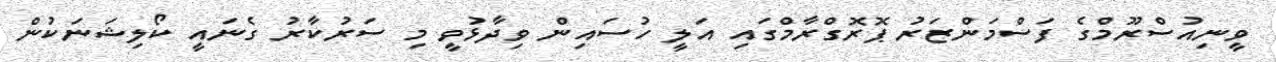
ވީނިއުސްރޫމްގެ ފަސްމަންޒަރު ޕޮރޮގްރާމްގައި އަލީ ހުސައިން ވިދާޅުވީ މި ސަރުކާރު ގެނައީ ކޯލިޝަނަކުން